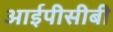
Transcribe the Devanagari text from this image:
आईपीसीबी